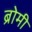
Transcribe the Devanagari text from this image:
ब्रोमी